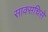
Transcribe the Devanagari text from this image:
साक्सचिसे